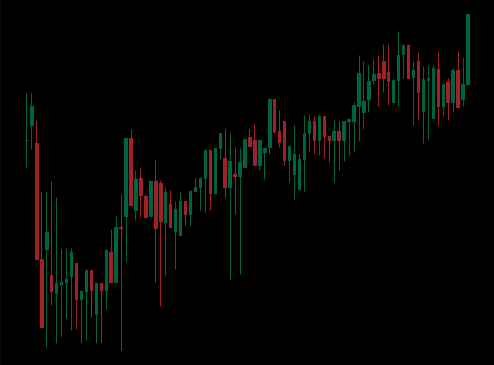
Pattern: unclassified